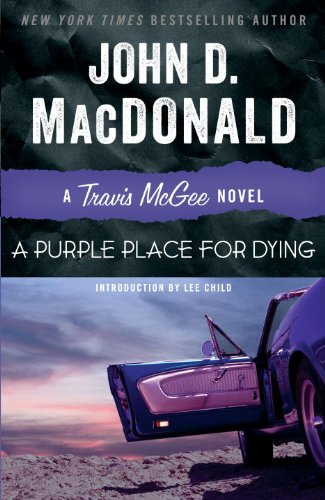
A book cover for A Purple Place for Dying: A Travis McGee Novel; John D. MacDonald; Mystery, Thriller & Suspense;